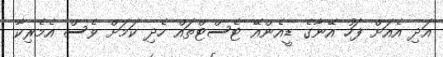
އަދި އެއަށް ފަހު އޭނާގެ ޑީއެންއޭ ޓެސްޓްތައް ހެދި ކަމަށް ވެސް އެމެރިކާ